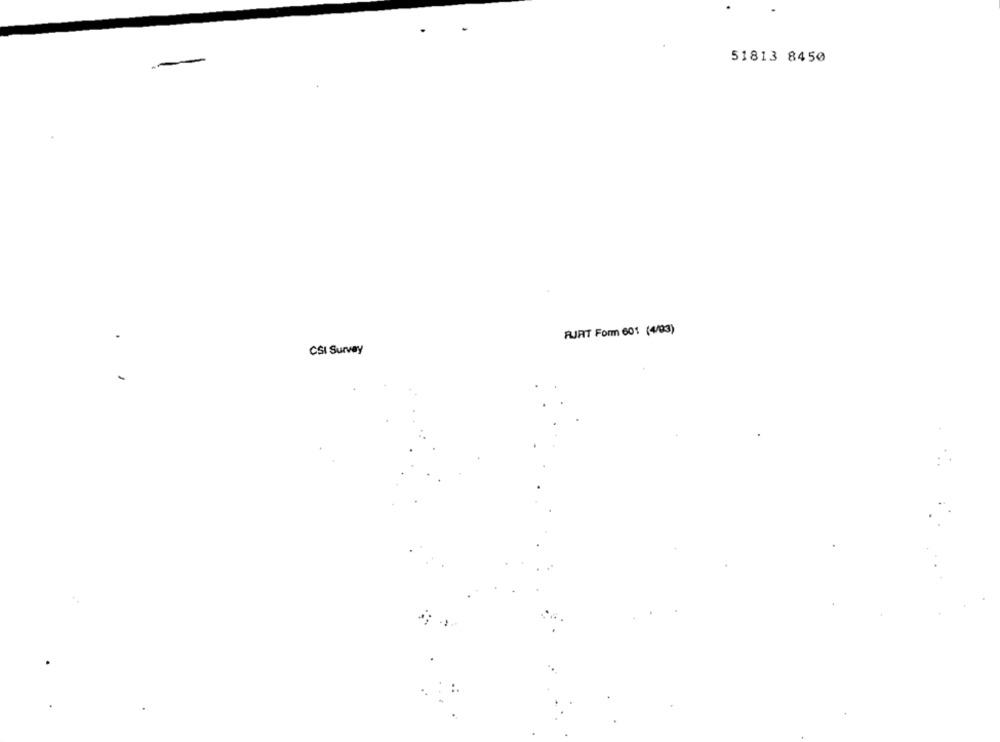
51813 8450
FURT Form 601 (4/03)
CSI Survey